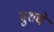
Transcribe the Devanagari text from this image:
बुशचे